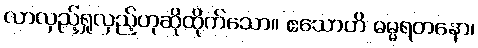
လာလှည့်ရှုလှည့်ဟုဆိုထိုက်သော။ ဧသောဟိ ဓမ္မရတနော၊